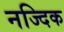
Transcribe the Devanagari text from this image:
नज्दिक